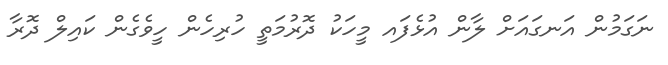
ނަގަމުން އަނގައަށް ލާން އުޅެފައ މީހަކު ދޮރުމަތީ ހުރިހެން ހީވެގެން ކައިލް ދޮރާ